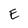
Character: E